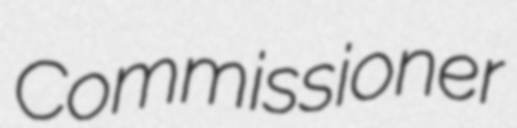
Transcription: Commissioner